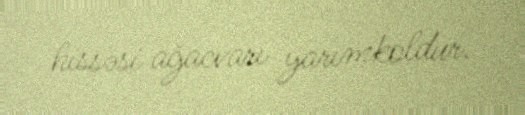
hissəsi ağacvarı yarımkoldur.